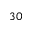
_ { 3 0 }